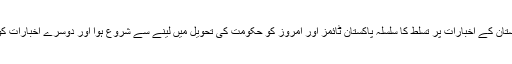
ایوب خان کے اعلی مشیروں، الطاف گوہر اور ایف آر خان کے مشورہ پر پاکستان کے اخبارات پر تسلط کا سلسلہ پاکستان ٹائمز اور امروز کو حکومت کی تحویل میں لینے سے شروع ہوا اور دوسرے اخبارات کو حکومت کی بیڑیوں میں جکڑنے کے لئے پریس ٹرسٹ کا قیام عمل میں آیا۔